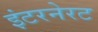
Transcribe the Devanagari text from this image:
इंटरनेरट